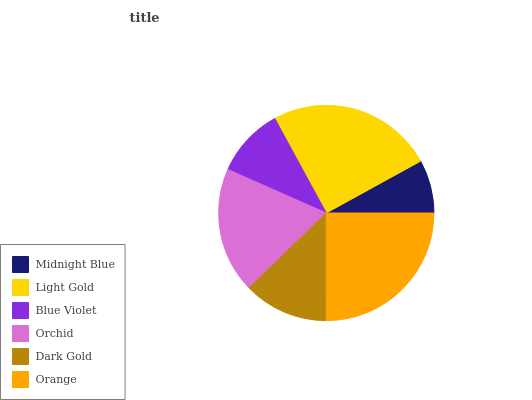
| Midnight Blue | Light Gold | Blue Violet | Orchid | Dark Gold | Orange |
 | --- | --- | --- | --- | --- | --- |
 | 8% | 25% | 10.4% | 18.9% | 12.7% | 25% |